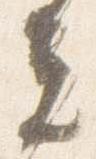
夫